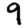
Digit: 9